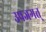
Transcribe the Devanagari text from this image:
उपजगत्